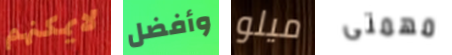
لايمكنهم وأفضل ميلو مهمتى